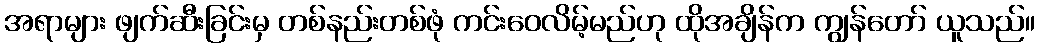
အရာများ ဖျက်ဆီးခြင်းမှ တစ်နည်းတစ်ဖုံ ကင်းဝေလိမ့်မည်ဟု ထိုအချိန်က ကျွန်တော် ယူသည်။